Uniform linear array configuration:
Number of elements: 24
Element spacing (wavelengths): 0.25
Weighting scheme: blackman
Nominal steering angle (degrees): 0
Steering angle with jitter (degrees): -0.2417
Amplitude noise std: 0.05
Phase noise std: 0.05

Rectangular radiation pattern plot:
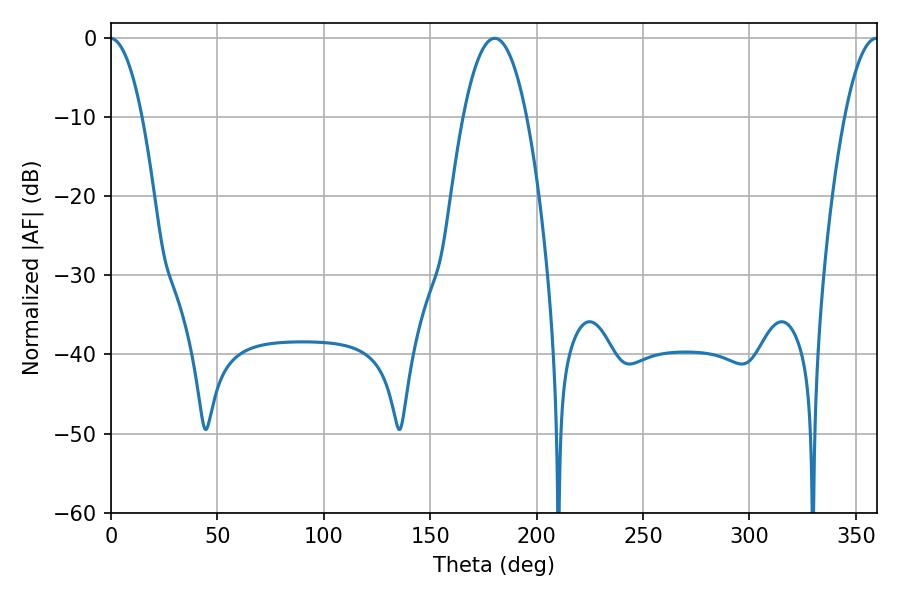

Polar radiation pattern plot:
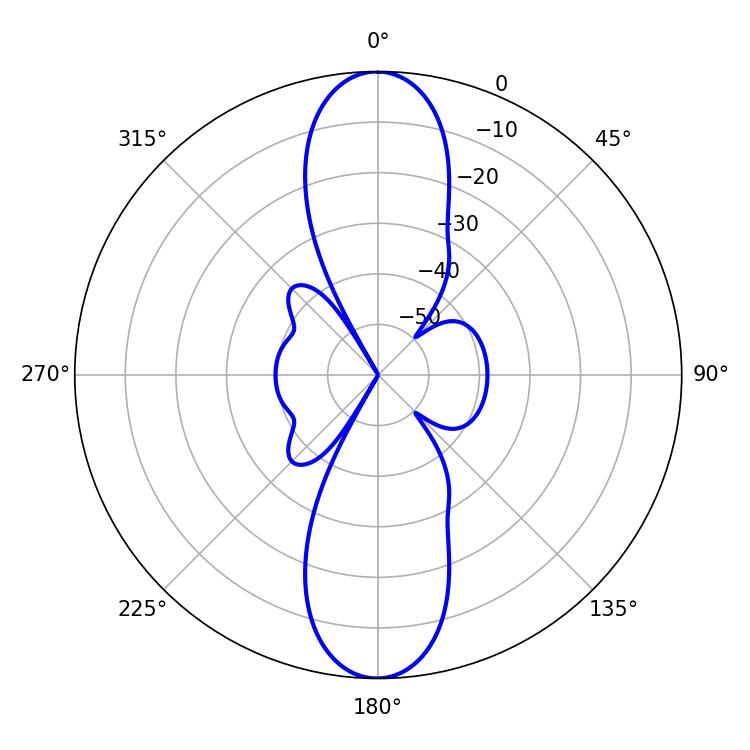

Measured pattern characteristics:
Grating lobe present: FALSE
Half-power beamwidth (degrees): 16.56
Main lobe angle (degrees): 180.36